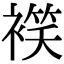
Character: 𧜕